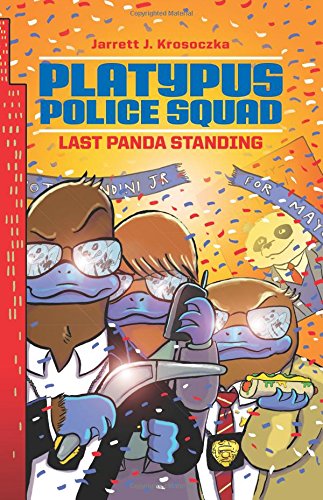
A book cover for Platypus Police Squad: Last Panda Standing; Jarrett J. Krosoczka; Children's Books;